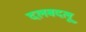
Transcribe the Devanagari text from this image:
दलबदलू